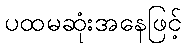
ပထမဆုံးအနေဖြင့်